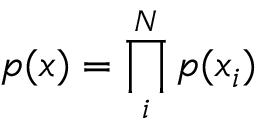
p ( x ) = \prod _ { i } ^ { N } p ( x _ { i } )